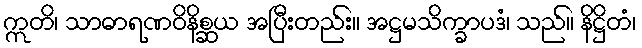
ဣတိ၊ သာဓာရဏဝိနိစ္ဆယ အပြီးတည်း။ အဋ္ဌမသိက္ခာပဒံ၊ သည်။ နိဋ္ဌိတံ၊